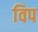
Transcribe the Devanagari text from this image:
विप